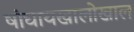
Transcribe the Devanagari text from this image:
षांघायखालोखाल